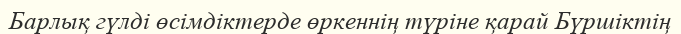
Барлық гүлді өсімдіктерде өркеннің түріне қарай Бүршіктің